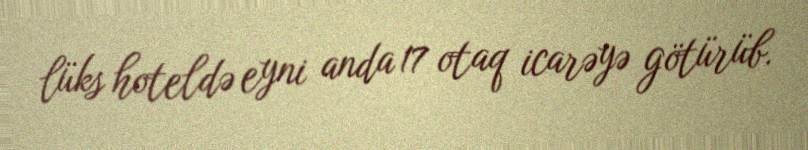
lüks hoteldə eyni anda 17 otaq icarəyə götürüb.